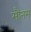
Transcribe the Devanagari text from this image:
मौनम्